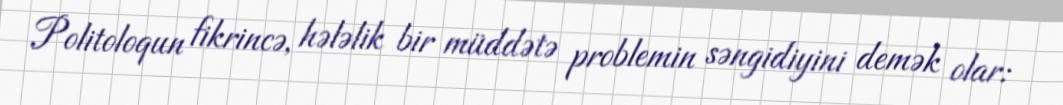
Politoloqun fikrincə, hələlik bir müddətə problemin səngidiyini demək olar: